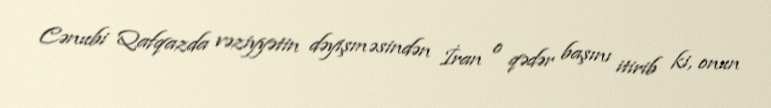
Cənubi Qafqazda vəziyyətin dəyişməsindən İran o qədər başını itirib ki, onun